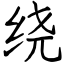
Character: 绕